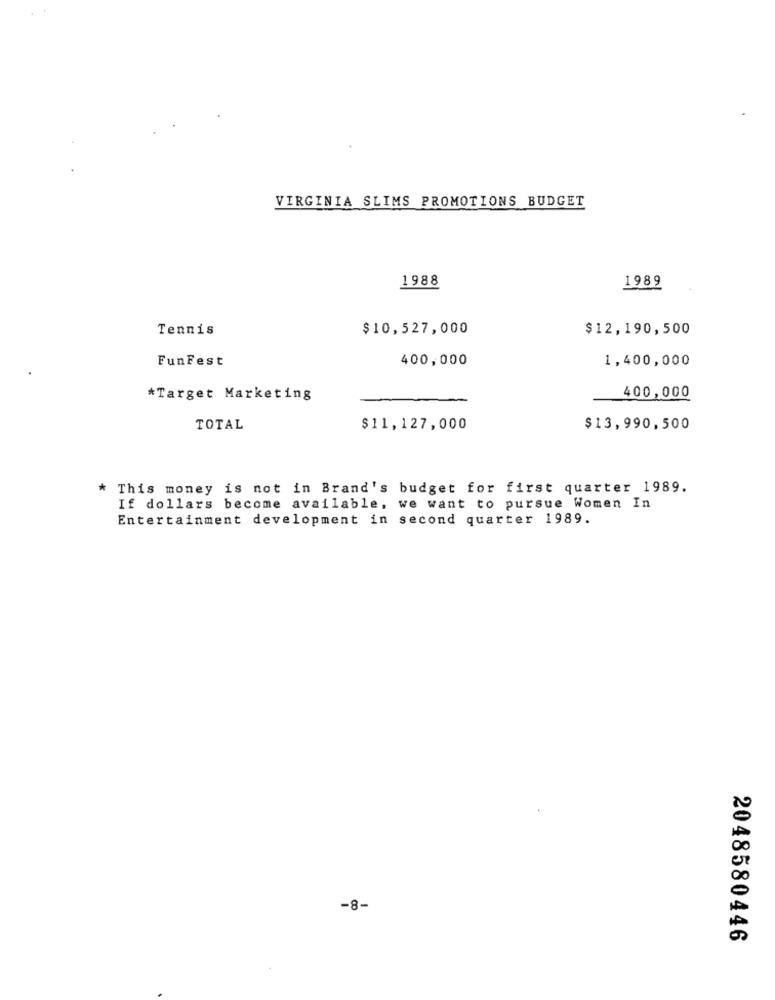
VIRGINIA SLIMS PROMOTIONS BUDGET
1988
1989
Tennis
$10,527,000
$12,190,500
FunFest
400,000
1,400,000
*Target Marketing
400,000
TOTAL
$11,127,000
$13,990,500
* This money is not in Brand's budget for first quarter 1989.
If dollars become available, we want to pursue Women In
Entertainment development in second quarter 1989.
-8-
2048580446